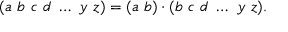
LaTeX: ( a ~ b ~ c ~ d ~ \ldots ~ y ~ z ) = ( a ~ b ) \cdot ( b ~ c ~ d ~ \ldots ~ y ~ z ) .